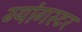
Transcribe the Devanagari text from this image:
ग्यांगस्टर